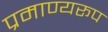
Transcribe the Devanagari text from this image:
प्रमाण्यरूप